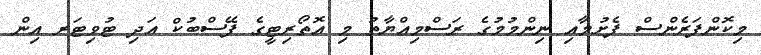
މިކޮންފަރެންސް ފެށުމާއި ނިންމުމުގެ ރަސްމިއްޔާތު މި އޮތޯރިޓީގެ ފޭސްބުކް އަދި ޓުވިޓަރ އިން